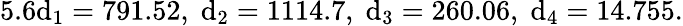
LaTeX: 5.6\mathrm{d}_{1}=791.52,\; \mathrm{d}_{2}=1114.7,\; \mathrm{d}_{3}=260.06,\; \mathrm{d}_{4}=14.755.